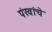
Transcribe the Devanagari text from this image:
पंखांचे